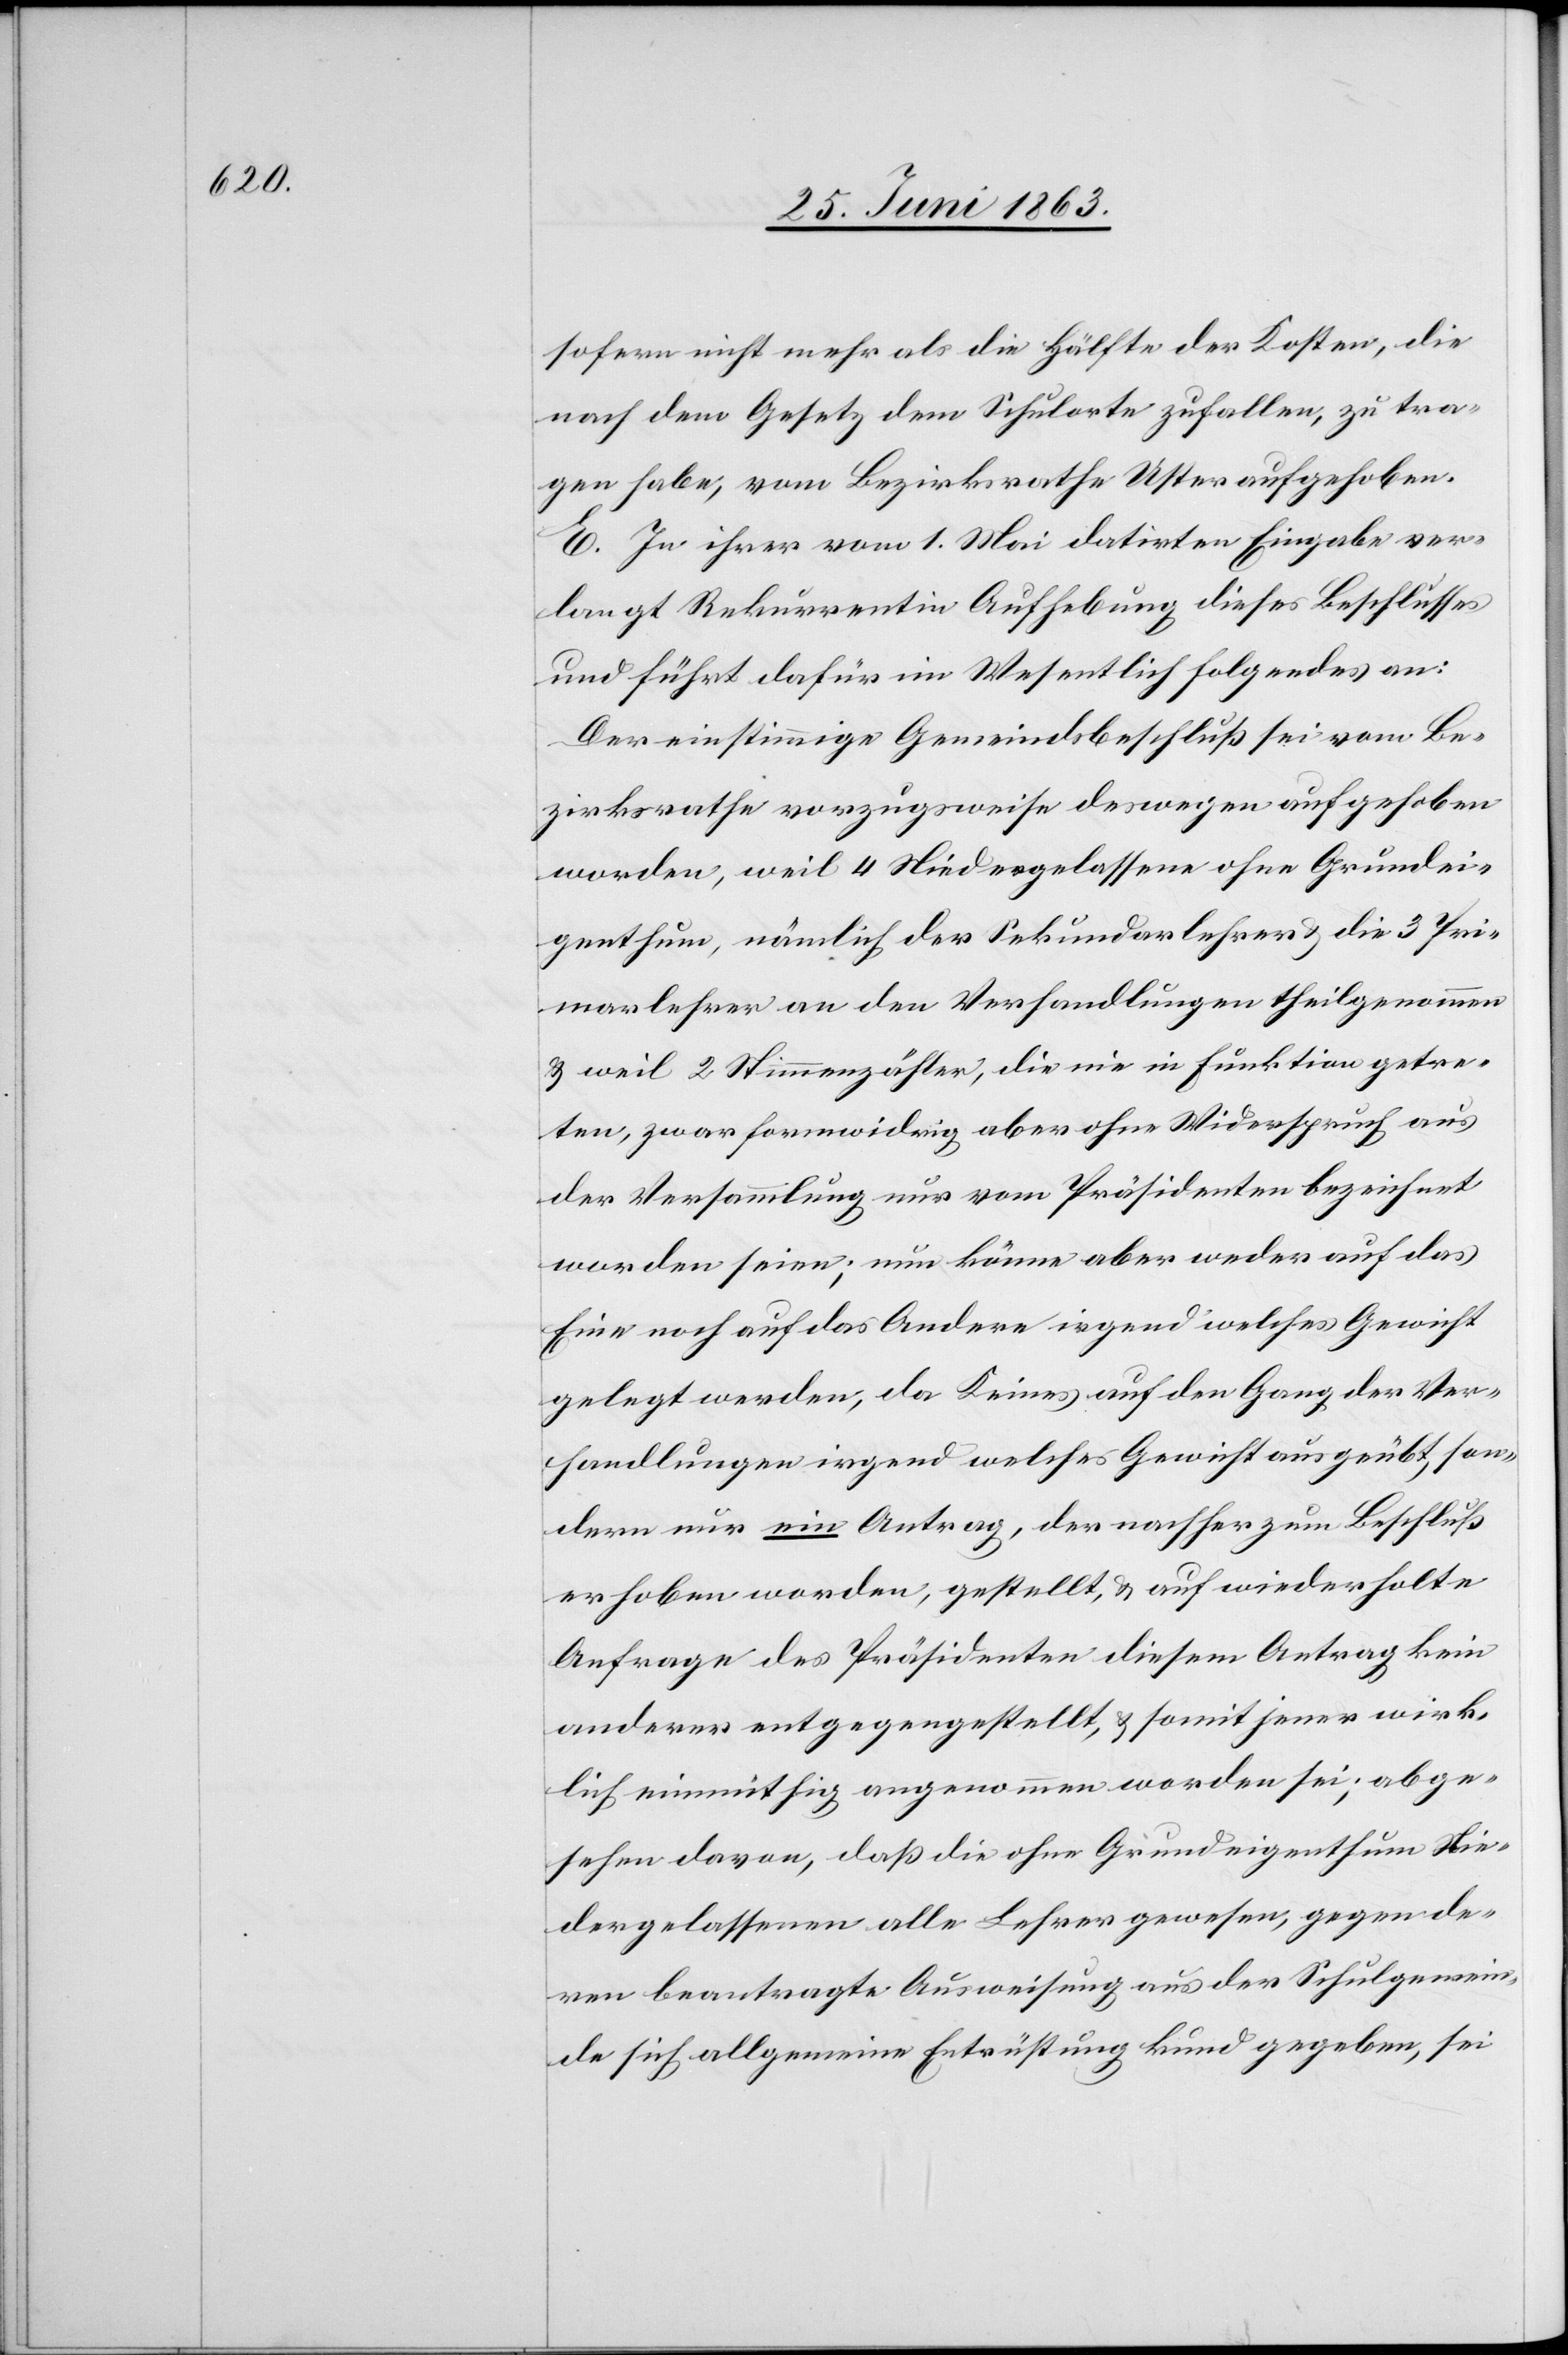
sofern nicht mehr als die Hälfte der Kosten, die
nach dem Gesetz dem Schulorte zufallen, zu tra¬
gen habe, vom Bezirksrathe Uster aufgehoben.
E. In ihrer vom 1. Mai datirten Eingabe ver¬
langt Rekurrentin Aufhebung dieses Beschlusses
und führt dafür im Wesentlich[en] folgendes an:
Der einstimmige Gemeindsbeschluß sei vom Be¬
zirksrathe vorzugsweise deswegen aufgehoben
worden, weil 4 Niedergelassene ohne Grundei¬
genthum, nämlich der Sekundarlehrer & die 3 Pri¬
marlehrer an den Verhandlungen theilgenommen
& weil 2 Stimmenzähler, die nie in Funktion getre¬
ten, zwar formwidrig aber ohne Widerspruch aus
der Versammlung nur vom Präsidenten bezeichnet
worden seien; nun könne aber weder auf das
Eine noch auf das Andere irgend welches Gewicht
gelegt werden, da Keines auf den Gang der Ver¬
handlungen irgend welches Gewicht ausgeübt, son¬
dern nur ein Antrag, der nachher zum Beschluß
erhoben worden, gestellt, & auf wiederholte
Anfrage des Präsidenten diesem Antrag kein
anderer entgegengestellt, & somit jener wirk¬
lich einmüthig angenommen worden sei; abge¬
sehen davon, daß die ohne Grundeigenthum Nie¬
dergelassenen alle Lehrer gewesen, gegen de¬
ren beantragte Ausweisung aus der Schulgemein¬
de sich allgemeine Entrüstung kund gegeben, sei